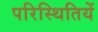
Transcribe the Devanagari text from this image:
परिस्थितियें